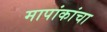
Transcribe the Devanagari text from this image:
मापांकांचा